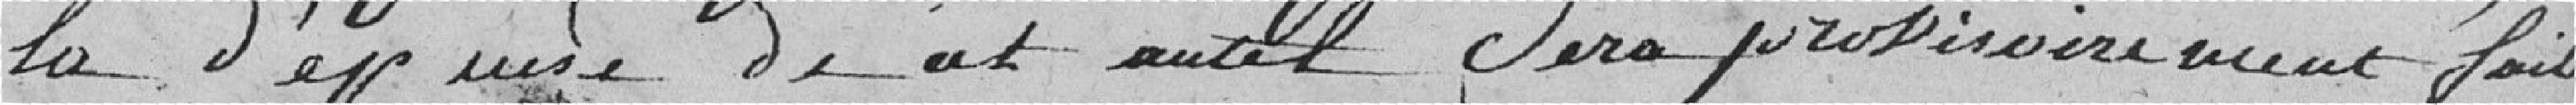
la dépense de cet autel sera provisoirement faite